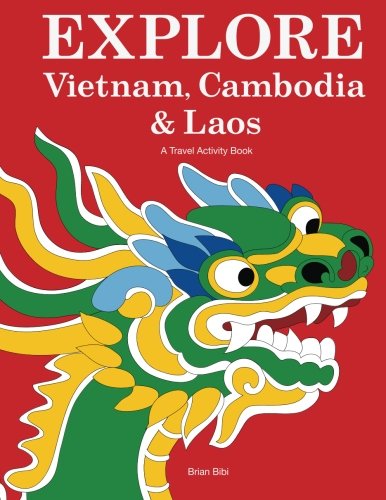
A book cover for Explore Vietnam, Cambodia & Laos: A Travel Activity Book for Kids (Explore Books) (Volume 1); Brian Bibi; Travel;